Indian Civil Veterinary Department memoirs
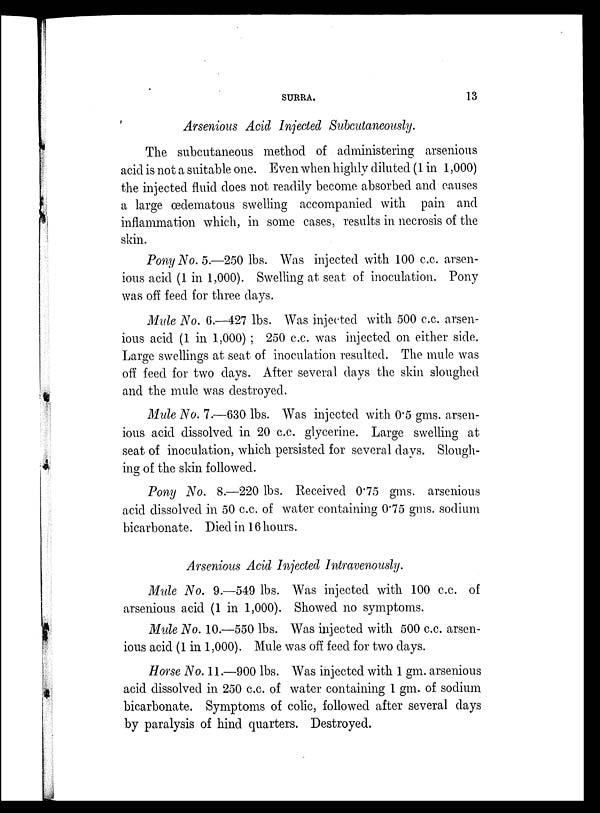
SURRA.
13
Arsenious Acid Injected Subcutaneously.
The subcutaneous method of administering arsenious
acid is not a suitable one. Even when highly diluted (1 in 1,000)
the injected fluid does not readily become absorbed and causes
a large œdematous swelling accompanied with pain and
inflammation which, in some cases, results in necrosis of the
skin.
Pony No. 5.—250 lbs. Was injected with 100 c.c. arsen-
ious acid (1 in 1,000). Swelling at seat of inoculation. Pony
was off feed for three days.
Mule No. 6.—427 lbs. Was injected with 500 c.c. arsen-
ious acid (1 in 1,000); 250 c.c. was injected on either side.
Large swellings at seat of inoculation resulted. The mule was
off feed for two days. After several days the skin sloughed
and the mule was destroyed.
Mule No. 1.—630 lbs. Was injected with 0.5 gms. arsen-
ious acid dissolved in 20 c.c. glycerine. Large swelling at
seat of inoculation, which persisted for several days. Slough-
ing of the skin followed.
Pony No. 8.—220 lbs. Received 0.75 gms. arsenious
acid dissolved in 50 c.c. of water containing 0.75 gms. sodium
bicarbonate. Died in 16 hours.
Arsenious Acid Injected Intravenously.
Mule No. 9.—549 lbs. Was injected with 100 c.c. of
arsenious acid (1 in 1,000). Showed no symptoms.
Mule No. 10.—550 lbs. Was injected with 500 c.c. arsen-
ious acid (1 in 1,000). Mule was off feed for two days.
Horse No. 11.—900 lbs. Was injected with 1 gm. arsenious
acid dissolved in 250 c.c. of water containing 1 gm. of sodium
bicarbonate. Symptoms of colic, followed after several days
by paralysis of hind quarters. Destroyed.